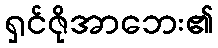
ရှင်ဇိုအာဘေး၏